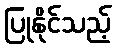
ပြုနိုင်သည့်